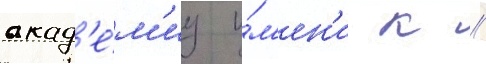
акад'е́м'иу и́м'ен'и к //